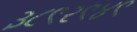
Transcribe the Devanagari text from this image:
३८९२९४९